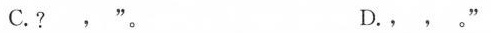
C.？ 。 " 。 D.， ， 。 ”